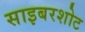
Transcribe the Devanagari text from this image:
साइबरशोट